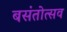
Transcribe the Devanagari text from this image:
बसंतोत्सव